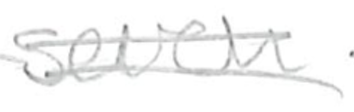
Text: seven
Cross-out: double-line
Writing tool: pencil